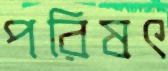
পরিষৎ